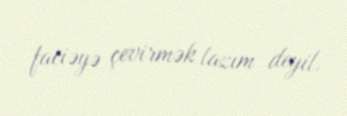
faciəyə çevirmək lazım deyil.